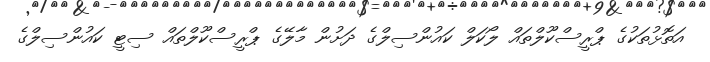
އަތޮޅުތަކުގެ ޕްރީސްކޫލްތައް ލޯކަލް ކައުންސިލްގެ ދަށުން މާލޭގެ ޕްރީސްކޫލްތައް ސިޓީ ކައުންސިލްގެ